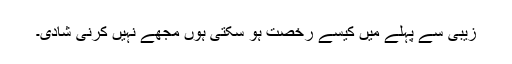
زیبی سے پہلے میں کیسے رخصت ہو سکتی ہوں مجھے نہیں کرنی شادی۔